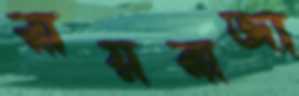
রায়রাজা